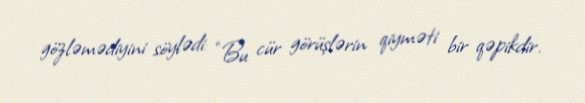
gözləmədiyini söylədi: “Bu cür görüşlərin qiyməti bir qəpikdir.